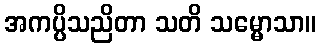
အကပ္ပိသညိတာ သတိ သမ္မောသာ။